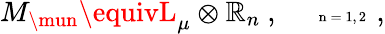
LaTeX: M_{\mun}\equivL_{\mu}\otimes\mathbb{R}_{n}~,~~~~~\mathrm{{\tiny~n=1,2~}}~,